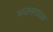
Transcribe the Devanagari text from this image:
भजनगायक